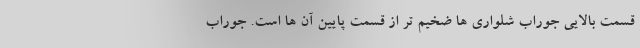
قسمت بالایی جوراب شلواری ها ضخیم تر از قسمت پایین آن ها است. جوراب